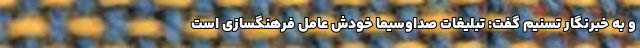
و به خبرنگار تسنیم گفت: تبلیغات صداوسیما خودش عاملِ فرهنگسازی است